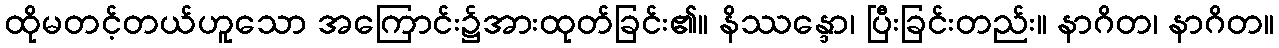
ထိုမတင့်တယ်ဟူသော အကြောင်း၌အားထုတ်ခြင်း၏။ နိဿန္ဒော၊ ပြီးခြင်းတည်း။ နာဂိတ၊ နာဂိတ။